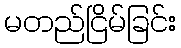
မတည်ငြိမ်ခြင်း